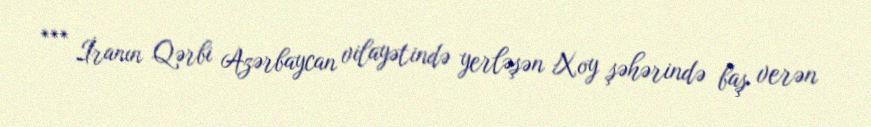
*** İranın Qərbi Azərbaycan vilayətində yerləşən Xoy şəhərində baş verən